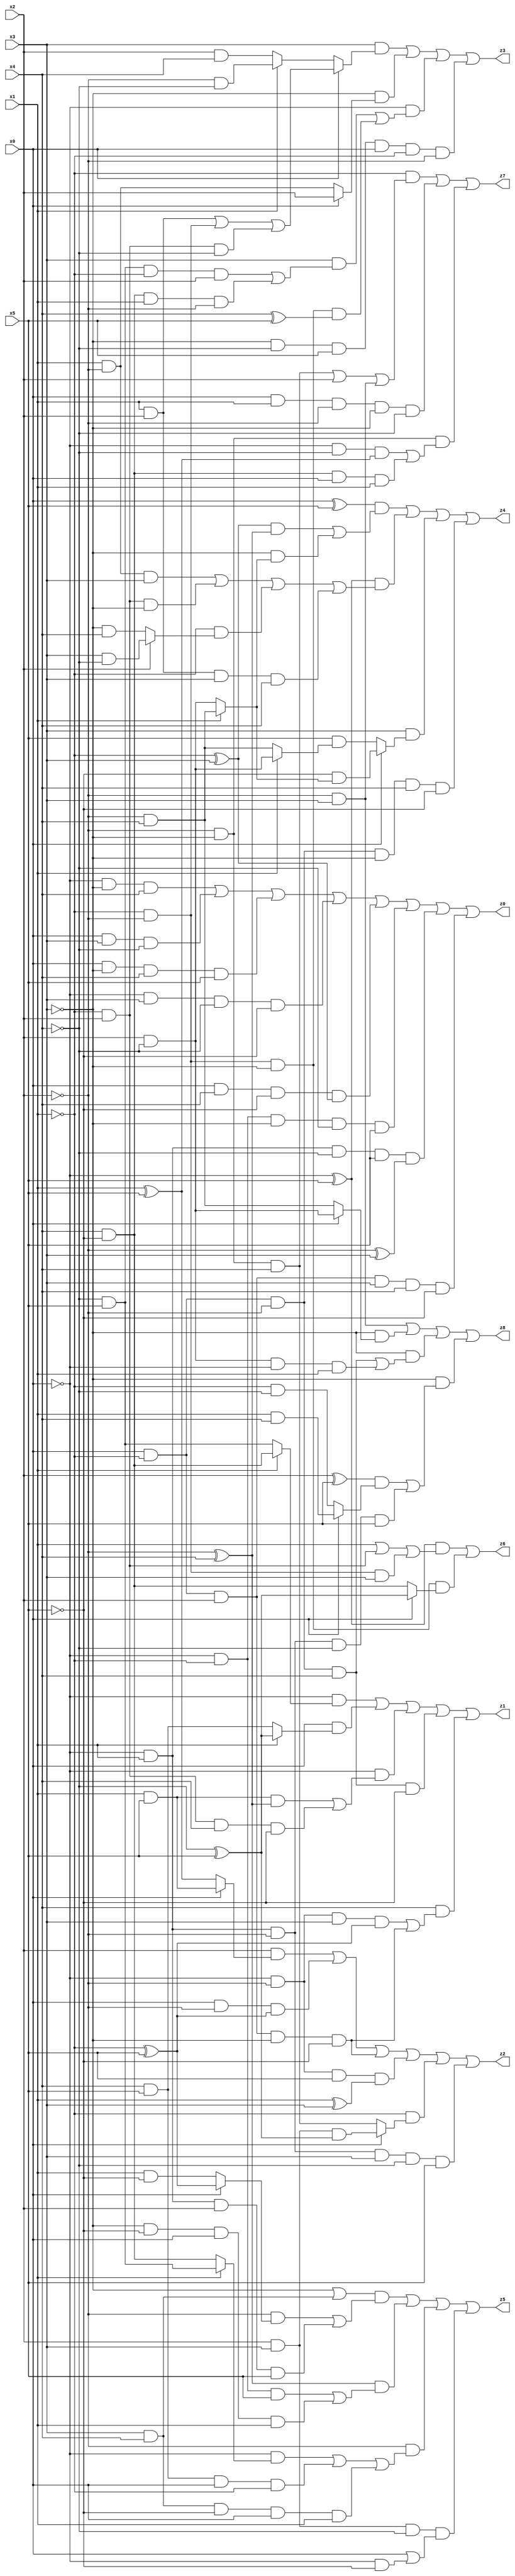
// Benchmark "X_58" written by ABC on Mon Jun 05 23:03:56 2023

module X_58 ( 
    x0, x1, x2, x3, x4, x5,
    z0, z1, z2, z3, z4, z5, z6, z7, z8  );
  input  x0, x1, x2, x3, x4, x5;
  output z0, z1, z2, z3, z4, z5, z6, z7, z8;
  assign z0 = (~x0 & ~x3 & x4) | (x0 & x3 & ~x4) | (x0 & ~x3 & x4 & x5) | (~x0 & x3 & ~x4 & ~x5) | (x0 & x4 & ~x5 & (~x1 ^ x3)) | (~x0 & ~x1 & ~x3 & ~x4 & x5) | (~x0 & x1 & ~x4 & x5 & (~x2 ^ x3)) | (x0 & ~x1 & x2 & x3 & x4 & ~x5);
  assign z1 = (~x0 & (x1 ? (x4 & ~x5) : (~x4 & x5))) | (x0 & (x1 ? (~x4 ^ x5) : (x4 & x5))) | (~x0 & ((x1 & x5 & (~x2 ^ x4)) | (~x1 & x2 & x4 & ~x5))) | (x0 & ~x1 & ~x2 & x4 & ~x5) | (x4 & ((~x0 & ~x2 & x3 & (~x1 ^ x5)) | (x0 & ~x1 & x2 & ~x3 & ~x5)));
  assign z2 = (x2 & (x0 ? (x1 & x5) : (x1 ^ x5))) | (x0 & ~x2 & (~x1 ^ x5)) | (x0 & ~x1 & x2 & ~x3 & ~x5) | (~x0 & ~x2 & x5 & (x1 ^ x3)) | (~x1 & (x0 ? (x2 & x3 & (~x4 ^ x5)) : (~x2 & ~x3 & x4))) | (~x0 & x1 & ~x2 & x3 & ~x4 & x5);
  assign z3 = (x3 & (x0 ? ((x1 & x2) | (~x1 & ~x2) | (~x1 & x2 & ~x4)) : (x1 ? (~x2 & ~x4) : (x2 & x4)))) | (~x3 & (x0 ? x2 : (x1 & ~x2))) | (~x0 & ((x3 & ((~x4 & x5 & ~x1 & x2) | (x4 & ~x5 & x1 & ~x2))) | (~x1 & ~x2 & ~x3 & (x4 ^ x5)))) | (~x3 & ~x4 & x5 & x0 & ~x1 & ~x2);
  assign z4 = ((x0 ^ x5) & (((~x1 ^ x3) & (~x2 ^ x4)) | (~x3 & (x1 ? (~x2 & x4) : (x2 & ~x4))))) | ((~x0 ^ x5) & ((x1 & ~x2 & x3) | (~x1 & x2 & ~x3) | (~x1 & (x2 ? (x3 & ~x4) : (~x3 & x4))) | (x1 & x2 & x3 & x4))) | (x3 & (x0 ? (~x5 & (x1 ? (~x2 & x4) : (x2 & ~x4))) : (x5 & (x1 ? (x2 & ~x4) : (~x2 & x4))))) | (x0 & ~x1 & ~x2 & ~x3 & x4 & ~x5);
  assign z5 = ((~x3 | (x3 & x4)) & ((~x2 & (x0 ? (~x1 ^ x5) : (x1 & ~x5))) | (~x0 & x1 & x2 & x5))) | ((~x2 ^ x4) & ((~x0 & ~x1 & x5) | (~x3 & ~x5 & x0 & x1))) | (~x2 & ((~x0 & (x1 ? (~x4 & x5) : (x4 & ~x5))) | (x4 & x5 & x0 & ~x1) | (x3 & x4 & ~x5 & x0 & x1))) | (x2 & x3 & ~x4 & (x0 | (~x0 & ~x5)));
  assign z6 = ((~x0 ^ x5) & (x1 | (~x1 & x2) | (~x1 & ~x2 & x3))) | (~x1 & ~x2 & ~x3 & (x0 ? (~x4 ^ x5) : (x4 & ~x5)));
  assign z7 = (~x1 & ((~x2 & ~x3 & x4) | x2 | (~x2 & x3))) | (x0 & x1 & ~x2 & ~x3 & ~x4) | (~x2 & ~x3 & ((~x0 & ~x4 & (x1 ^ x5)) | (x4 & ~x5 & x0 & x1)));
  assign z8 = (~x2 & x3) | (~x3 & (x0 ? (x2 & ~x4) : (~x2 & x4))) | (~x3 & ((x0 & ~x1 & ~x2 & x4) | (x2 & ~x4 & ~x0 & x1))) | (~x3 & (((x2 ^ x5) & (x0 ? (x1 & x4) : (~x1 & ~x4))) | (~x0 & x1 & ~x2 & ~x4 & x5)));
endmodule